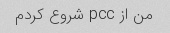
من از pcc شروع کردم